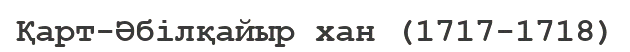
Қарт-Әбілқайыр хан (1717-1718)